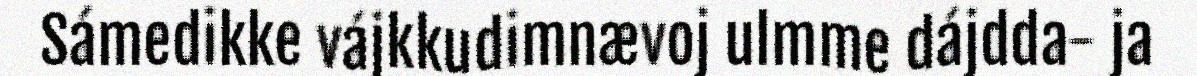
Sámedikke vájkkudimnævoj ulmme dájdda- ja